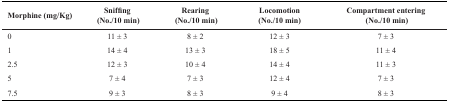
| Morphine (mg/Kg) | Sniffing (No./10 min) | Rearing (No./10 min) | Locomotion (No./10 min) | Compartment entering (No./10 min) |
 | --- | --- | --- | --- | --- |
 | 0 | 11 ± 3 | 8 ± 2 | 12 ± 3 | 7 ± 3 |
 | 1 | 14 ± 4 | 13 ± 3 | 18 ± 5 | 11 ± 4 |
 | 2.5 | 12 ± 3 | 10 ± 4 | 14 ± 4 | 11 ± 3 |
 | 5 | 7 ± 4 | 7 ± 3 | 12 ± 4 | 7 ± 3 |
 | 7.5 | 9 ± 3 | 8 ± 3 | 9 ± 4 | 8 ± 3 |